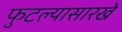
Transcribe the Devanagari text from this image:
फुटल्यासारखे